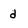
Character: d